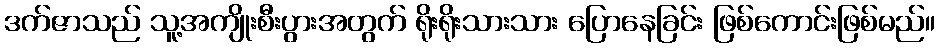
ဒက်ဇာသည် သူ့အကျိုးစီးပွားအတွက် ရိုးရိုးသားသား ပြောနေခြင်း ဖြစ်ကောင်းဖြစ်မည်။